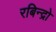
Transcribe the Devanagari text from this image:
रबिन्द्रो